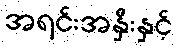
အရင်းအနှီးနှင့်